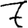
Digit: 7